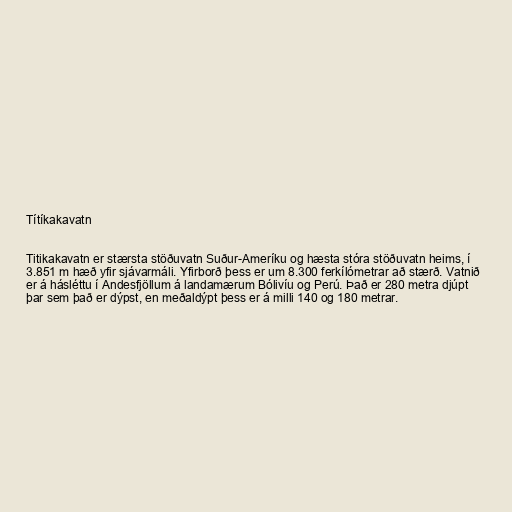
Títíkakavatn

Titikakavatn er stærsta stöðuvatn Suður-Ameríku og hæsta stóra stöðuvatn heims, í
3.851 m hæð yfir sjávarmáli. Yfirborð þess er um 8.300 ferkílómetrar að stærð. Vatnið
er á hásléttu í Andesfjöllum á landamærum Bólivíu og Perú. Það er 280 metra djúpt
þar sem það er dýpst, en meðaldýpt þess er á milli 140 og 180 metrar.